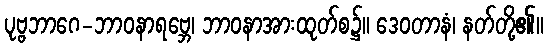
ပုဗ္ဗဘာဂေ-ဘာဝနာရဗ္ဘေ၊ ဘာဝနာအားထုတ်စ၌။ ဒေဝတာနံ၊ နတ်တို့၏။